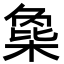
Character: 𣗸